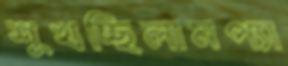
শুখচ্ছিলামপ্যা